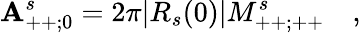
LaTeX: \mathbf{A}_{++;0}^{s}=2\pi|R_{s}(0)|M_{++;++}^{s}\quad,